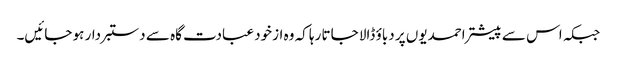
جبکہ اس سے پیشتر احمدیوں پر دباؤ ڈالا جاتا رہا کہ وہ ازخود عبادت گاہ سے دستبردار ہو جائیں۔